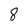
Character: 8